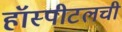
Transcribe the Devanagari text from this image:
हॉस्पीटलची